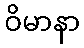
ဝိမာနာ